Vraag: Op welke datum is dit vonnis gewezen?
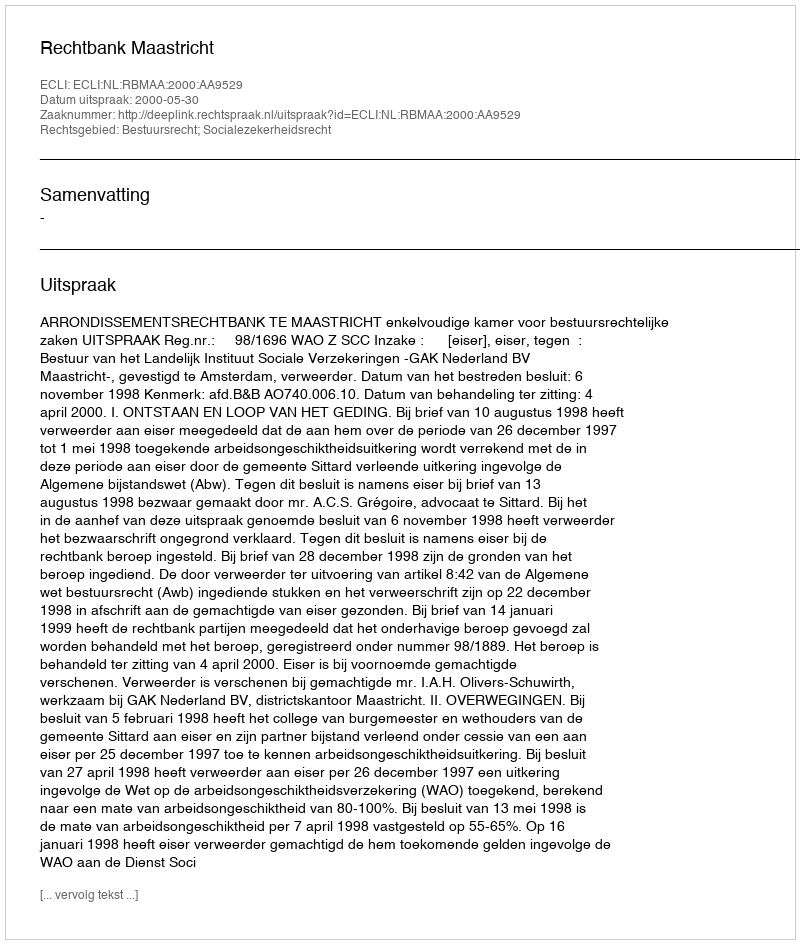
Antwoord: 2000-05-30